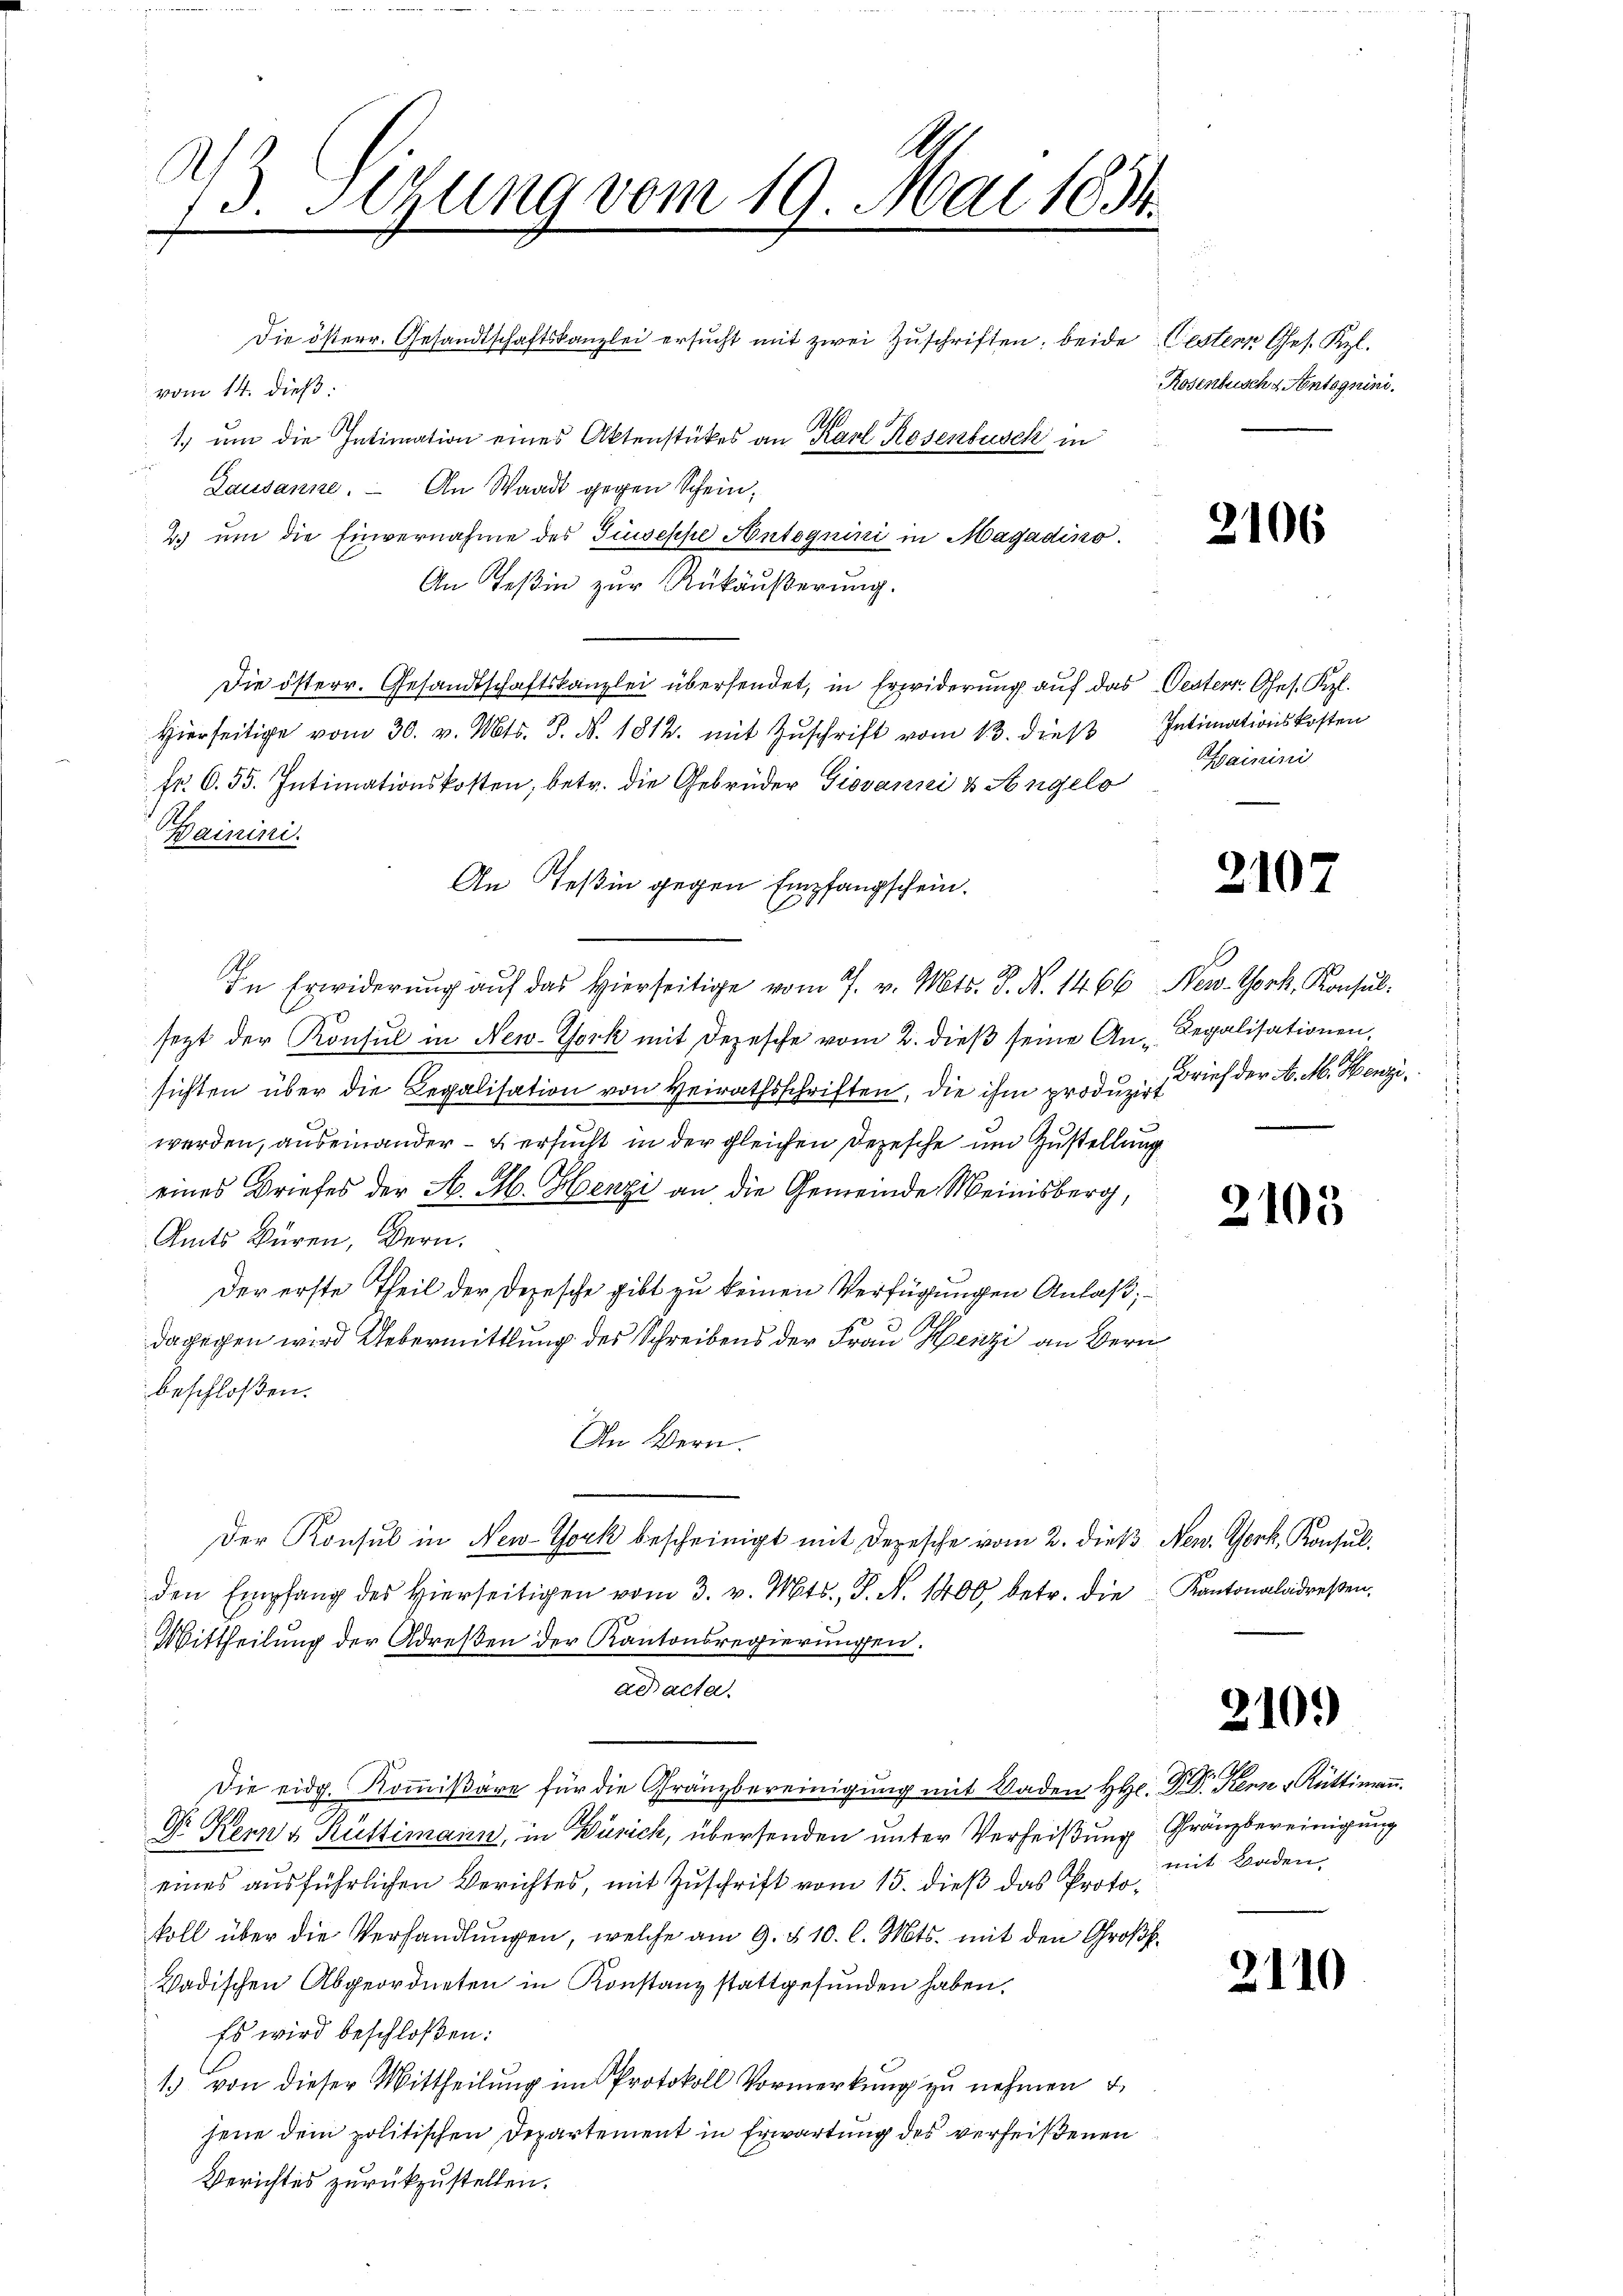
13. Setzung vom 19. Mai 1854.

Die österr. Gesandtschaftskanzlei ersucht mit zwei Zuschriften, beide Gestern Ges. Kzl.
vom 14. dieß:
1.) um die Intimation eines Aktenstückes an Karl Rosenbusch in
.
Lausanne. – An Waadt gegen Schein¬
2 um die Einvernahme des Giuseppe Autognini in Magadino.
An Teßin zur Rükäußerung.
Die österr. Gesandtschaftskanzlei übersendet, in Erwiderung auf das Oesterr. Ges. Kel.
Hierseitige vom 30. v. Mts. S. N. 1812. mit Zŭschrift vom 13. dieβ Intimationskosten
Fr. 6. 35. Intimationskosten, betr. die Gebrüder Giovanni & Hengelo
Hainini.
An Teßin gegen Empfangschein.
In Erwiderung auf das hierseitige vom 7. v. Mts. S. N. 14. 66 New-York, Konsul-
sezt der Konsul in New-York mit Depesche vom 2. dieß seine An-Regalisationen,
sichten über die Legalisation von Heirathsschriften, die ihm produzirt
werden, auseinander - u. ersucht in der gleichen Depesche und Zustellung
eines Briefes der H. M. Henzi an die Gemeinde Meinisberg,
Amts Büren, Bern.
Der erste Theil der Depesche gibt zu keinen Verfügungen Anlaß,
dagegen wird Uebermittlung des Schreibens der Frau Henzi an Bern
beschloßen:
An Wern.
Der Konsul in New-York bescheinigt mit Depesche vom 2. dieβ New York, Konsul
den Empfang des hierseitigen vom 3. v. Mts., S. N. 1400 betr. die Kantonaladresen,
Mittheilung der Adresen der Kantonsregierungen.
ad acta.
Die eidg. Koṁisäre für die Gränzbereinigŭng mit Baden H. Dr. Dr. Kern u Rüttimaṅ
Dr Kern & Rüttimann, in Zürich, übersenden unter Verheißung Gränzbereinigung
eines ausführlichen Berichtes, mit Zuschrift vom 15. dieß das Protokoll über die Verhandlungen, welche am 9. § 10. l. Mts. mit den Groß¬
Wadischen Abgeordneten in Konstanz stattgefunden haben.
Es wird beschloßen:
13 von dieser Mittheilŭng im Protokoll Vormerkŭng zŭ nehmen u.
jene dem politischen Departement in Erwartung des verheißenen
Berichtes zurückzustellen.

Rosenbusch & Antognini.

2106

Hainini

2107

Brief der A. M. Henzi
1

2105

2109)

mit Baden

2110